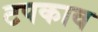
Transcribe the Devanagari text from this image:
टपकाव